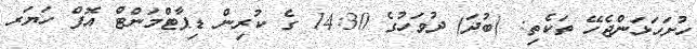
ހުށަހަޅަންޖެހޭ ތަކެތި: (ބުދަ) ދުވަހުގެ 14:30 ގެ ކުރިން ޑިޕާޓްމަންޓް އޮފް ހަޔަރ